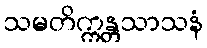
သမတိက္ကန္တသာသနံ